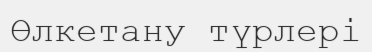
Өлкетану түрлері